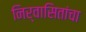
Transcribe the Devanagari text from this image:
निर्वासितांचा